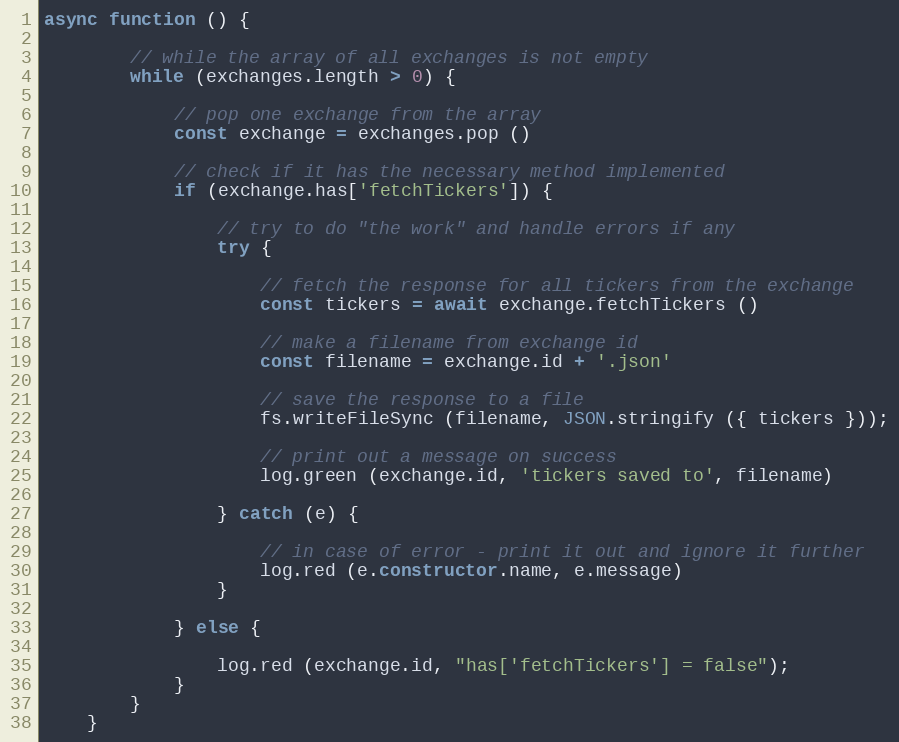
Language: JavaScript
async function () {

        // while the array of all exchanges is not empty
        while (exchanges.length > 0) {

            // pop one exchange from the array
            const exchange = exchanges.pop ()

            // check if it has the necessary method implemented
            if (exchange.has['fetchTickers']) {

                // try to do "the work" and handle errors if any
                try {

                    // fetch the response for all tickers from the exchange
                    const tickers = await exchange.fetchTickers ()

                    // make a filename from exchange id
                    const filename = exchange.id + '.json'

                    // save the response to a file
                    fs.writeFileSync (filename, JSON.stringify ({ tickers }));

                    // print out a message on success
                    log.green (exchange.id, 'tickers saved to', filename)

                } catch (e) {

                    // in case of error - print it out and ignore it further
                    log.red (e.constructor.name, e.message)
                }

            } else {

                log.red (exchange.id, "has['fetchTickers'] = false");
            }
        }
    }